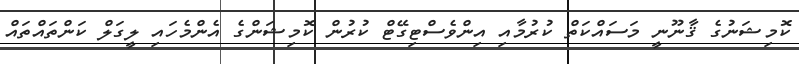
ކޮމިޝަނުގެ ޤާނޫނީ މަސައްކަތް ކުރުމާއި އިންވެސްޓިގޭޓް ކުރުން ކޮމިޝަންގެ އެންމެހައި ލީގަލް ކަންތައްތައް